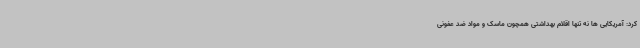
کرد: آمریکایی ها نه تنها اقلام بهداشتی همچون ماسک و مواد ضد عفونی